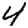
Digit: 4